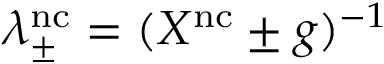
\lambda _ { \pm } ^ { \mathrm { n c } } = ( X ^ { \mathrm { n c } } \pm g ) ^ { - 1 }